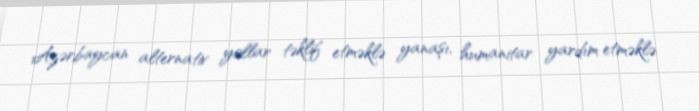
Azərbaycan alternativ yollar təklif etməklə yanaşı, humanitar yardım etməklə